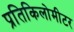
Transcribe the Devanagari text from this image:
प्रतिकिलोमीटर